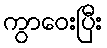
ကွာဝေးပြီး